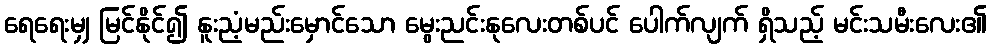
ရေရေးမျှ မြင်နိုင်၍ နူးညံ့မည်းမှောင်သော မွေးညင်းနုလေးတစ်ပင် ပေါက်လျက် ရှိသည့် မင်းသမီးလေး၏